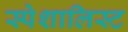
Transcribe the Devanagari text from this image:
स्पेशालिस्ट